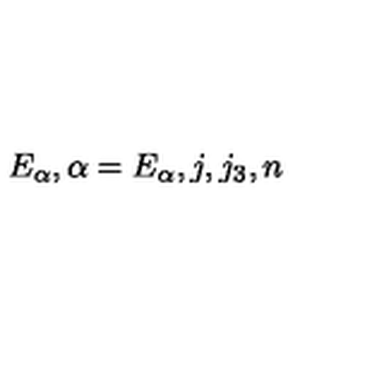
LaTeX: E _ { \alpha } , \alpha = E _ { \alpha } , j , j _ { 3 } , n